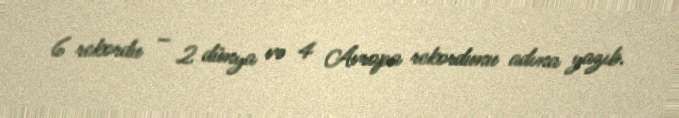
6 rekordu – 2 dünya və 4 Avropa rekordunu adına yazıb.